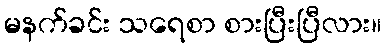
မနက်ခင်း သရေစာ စားပြီးပြီလား။